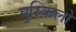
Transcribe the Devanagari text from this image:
मुस्किलो